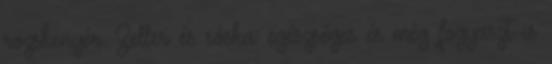
rozskenyér. Zeller és sóska: egészséges és még fogyaszt is